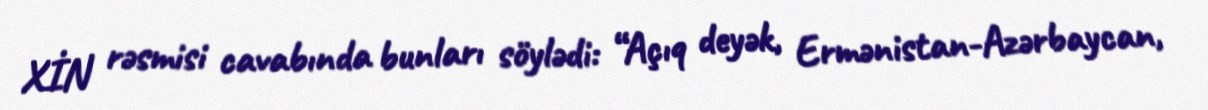
XİN rəsmisi cavabında bunları söylədi: “Açıq deyək, Ermənistan-Azərbaycan,